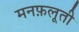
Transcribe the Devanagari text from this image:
मनफ़लूती